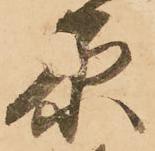
原